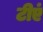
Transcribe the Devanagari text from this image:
टीएं